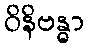
ဝိနိဗန္ဓာ